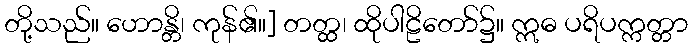
တို့သည်။ ဟောန္တိ၊ ကုန်၏။] တတ္ထ၊ ထိုပါဠိတော်၌။ ဣဓ ပရိပက္ကတ္တာ